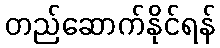
တည်ဆောက်နိုင်ရန်